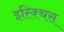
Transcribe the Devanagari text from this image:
इरिक्थस